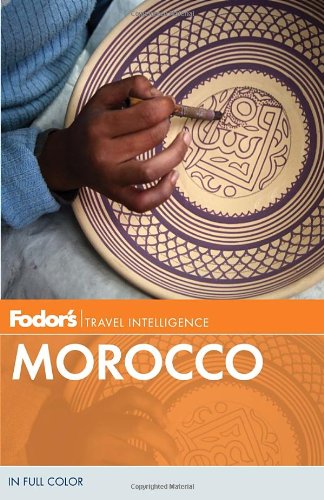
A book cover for Fodor's Morocco (Full-color Travel Guide); Fodor's; Travel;